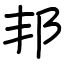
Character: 邦